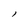
Character: I